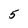
Character: 5